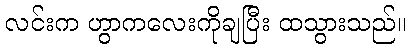
လင်းက ဟွာကလေးကိုချပြီး ထသွားသည်။